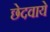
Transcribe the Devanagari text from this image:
छेदवाये